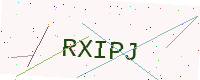
Text: RXIPJ